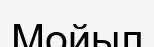
Мойыл